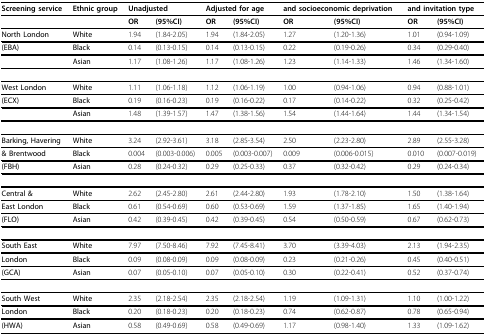
<table><thead><tr><td><b>Screening service</b></td><td><b>Ethnic group</b></td><td colspan="2"><b>Unadjusted</b></td><td colspan="2"><b>Adjusted for age</b></td><td colspan="2"><b>and socioeconomic deprivation</b></td><td colspan="2"><b>and invitation type</b></td></tr></thead><tbody><tr><td></td><td></td><td><b>OR</b></td><td><b>(95%CI)</b></td><td><b>OR</b></td><td><b>(95%CI)</b></td><td><b>OR</b></td><td><b>(95%CI)</b></td><td><b>OR</b></td><td><b>(95%CI)</b></td></tr><tr><td><b>North London</b></td><td><b>White</b></td><td>1.94</td><td>(1.84-2.05)</td><td>1.94</td><td>(1.84-2.05)</td><td>1.27</td><td>(1.20-1.36)</td><td>1.01</td><td>(0.94-1.09)</td></tr><tr><td><b>(EBA)</b></td><td><b>Black</b></td><td>0.14</td><td>(0.13-0.15)</td><td>0.14</td><td>(0.13-0.15)</td><td>0.22</td><td>(0.19-0.26)</td><td>0.34</td><td>(0.29-0.40)</td></tr><tr><td></td><td><b>Asian</b></td><td>1.17</td><td>(1.08-1.26)</td><td>1.17</td><td>(1.08-1.26)</td><td>1.23</td><td>(1.14-1.33)</td><td>1.46</td><td>(1.34-1.60)</td></tr><tr><td><b>West London</b></td><td><b>White</b></td><td>1.11</td><td>(1.06-1.18)</td><td>1.12</td><td>(1.06-1.19)</td><td>1.00</td><td>(0.94-1.06)</td><td>0.94</td><td>(0.88-1.01)</td></tr><tr><td><b>(ECX)</b></td><td><b>Black</b></td><td>0.19</td><td>(0.16-0.23)</td><td>0.19</td><td>(0.16-0.22)</td><td>0.17</td><td>(0.14-0.22)</td><td>0.32</td><td>(0.25-0.42)</td></tr><tr><td></td><td><b>Asian</b></td><td>1.48</td><td>(1.39-1.57)</td><td>1.47</td><td>(1.38-1.56)</td><td>1.54</td><td>(1.44-1.64)</td><td>1.44</td><td>(1.34-1.54)</td></tr><tr><td><b>Barking, Havering</b></td><td><b>White</b></td><td>3.24</td><td>(2.92-3.61)</td><td>3.18</td><td>(2.85-3.54)</td><td>2.50</td><td>(2.23-2.80)</td><td>2.89</td><td>(2.55-3.28)</td></tr><tr><td><b>&amp; Brentwood</b></td><td><b>Black</b></td><td>0.004</td><td>(0.003-0.006)</td><td>0.005</td><td>(0.003-0.007)</td><td>0.009</td><td>(0.006-0.015)</td><td>0.010</td><td>(0.007-0.019)</td></tr><tr><td><b>(FBH)</b></td><td><b>Asian</b></td><td>0.28</td><td>(0.24-0.32)</td><td>0.29</td><td>(0.25-0.33)</td><td>0.37</td><td>(0.32-0.42)</td><td>0.29</td><td>(0.24-0.34)</td></tr><tr><td><b>Central &amp;</b></td><td><b>White</b></td><td>2.62</td><td>(2.45-2.80)</td><td>2.61</td><td>(2.44-2.80)</td><td>1.93</td><td>(1.78-2.10)</td><td>1.50</td><td>(1.38-1.64)</td></tr><tr><td><b>East London</b></td><td><b>Black</b></td><td>0.61</td><td>(0.54-0.69)</td><td>0.60</td><td>(0.53-0.69)</td><td>1.59</td><td>(1.37-1.85)</td><td>1.65</td><td>(1.40-1.94)</td></tr><tr><td><b>(FLO)</b></td><td><b>Asian</b></td><td>0.42</td><td>(0.39-0.45)</td><td>0.42</td><td>(0.39-0.45)</td><td>0.54</td><td>(0.50-0.59)</td><td>0.67</td><td>(0.62-0.73)</td></tr><tr><td><b>South East</b></td><td><b>White</b></td><td>7.97</td><td>(7.50-8.46)</td><td>7.92</td><td>(7.45-8.41)</td><td>3.70</td><td>(3.39-4.03)</td><td>2.13</td><td>(1.94-2.35)</td></tr><tr><td><b>London</b></td><td><b>Black</b></td><td>0.09</td><td>(0.08-0.09)</td><td>0.09</td><td>(0.08-0.09)</td><td>0.23</td><td>(0.21-0.26)</td><td>0.45</td><td>(0.40-0.51)</td></tr><tr><td><b>(GCA)</b></td><td><b>Asian</b></td><td>0.07</td><td>(0.05-0.10)</td><td>0.07</td><td>(0.05-0.10)</td><td>0.30</td><td>(0.22-0.41)</td><td>0.52</td><td>(0.37-0.74)</td></tr><tr><td><b>South West</b></td><td><b>White</b></td><td>2.35</td><td>(2.18-2.54)</td><td>2.35</td><td>(2.18-2.54)</td><td>1.19</td><td>(1.09-1.31)</td><td>1.10</td><td>(1.00-1.22)</td></tr><tr><td><b>London</b></td><td><b>Black</b></td><td>0.20</td><td>(0.18-0.23)</td><td>0.20</td><td>(0.18-0.23)</td><td>0.74</td><td>(0.62-0.87)</td><td>0.78</td><td>(0.65-0.94)</td></tr><tr><td><b>(HWA)</b></td><td><b>Asian</b></td><td>0.58</td><td>(0.49-0.69)</td><td>0.58</td><td>(0.49-0.69)</td><td>1.17</td><td>(0.98-1.40)</td><td>1.33</td><td>(1.09-1.62)</td></tr></tbody></table>